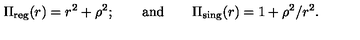
\Pi _ { \mathrm { r e g } } ( r ) = r ^ { 2 } + \rho ^ { 2 } ; \qquad \mathrm { a n d } \qquad \Pi _ { \mathrm { s i n g } } ( r ) = 1 + \rho ^ { 2 } / r ^ { 2 } .